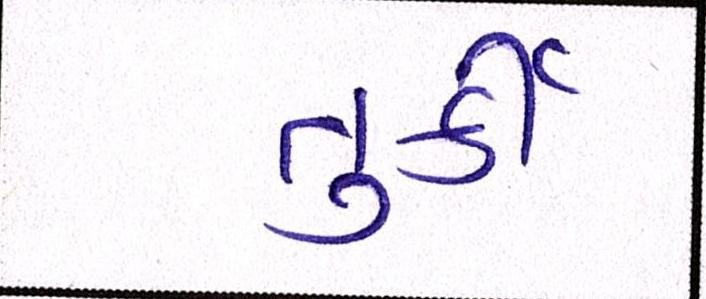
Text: તુર્કી